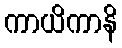
ကာယိကာနိ